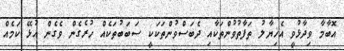
އޮބާމާ ވިދާޅުވީ އެޚިޔާލު ތަފާތުވުންތަކާއި ދެބަސްވުންތަކަކީ ސަބަބުތަކެއް ހުރެގެން ވެގެން އުޅޭ ކަމެއް